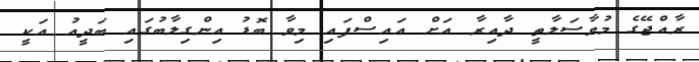
ރާއްޖޭގެ މުވާސަލާތީ ދާއިރާ އަށް އައިސްފައި މިވާ ބޮޑު އިންގިލާބުގައި ބަދީއު އަކީ